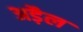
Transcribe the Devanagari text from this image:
अड़ैल